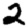
Digit: 2